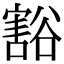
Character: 豁